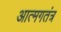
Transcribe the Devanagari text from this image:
आत्मगतंत्र